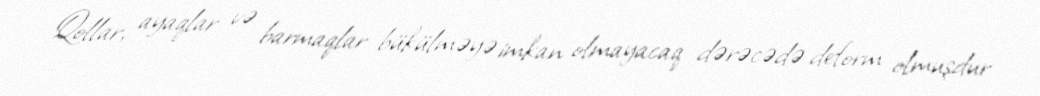
Qollar, ayaqlar və barmaqlar bükülməyə imkan olmayacaq dərəcədə deform olmuşdur